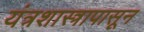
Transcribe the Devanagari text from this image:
यंत्रशास्त्रापासून